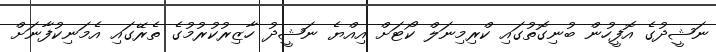
ނަޝީދުގެ އޮފީހުން ބުނިގޮތުގައި ކްރިމިނަލް ކޯޓަށް އިއްޔެ ނަޝީދު ހާޒިރުކުރުމުގެ ތެރޭގައި އެމަނިކުފާނަށް